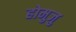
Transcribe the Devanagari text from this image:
होमुजु